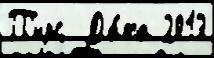
П'ирс  Да́та 2013